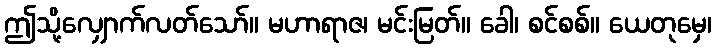
ဤသို့လျှောက်လတ်သော်။ မဟာရာဇ၊ မင်းမြတ်။ ခေါ၊ စင်စစ်။ ယေတုမှေ၊